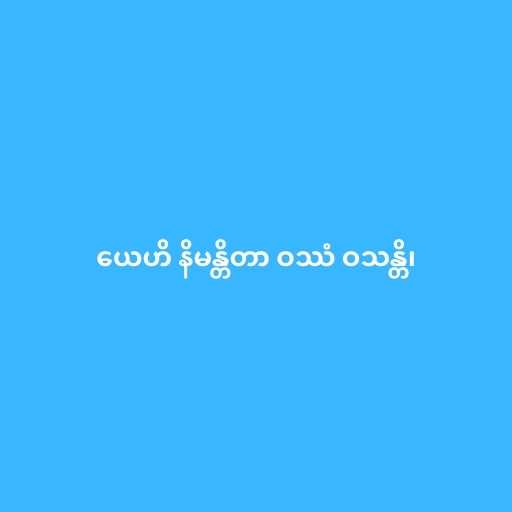
ယေဟိ နိမန္တိတာ ဝဿံ ဝသန္တိ၊